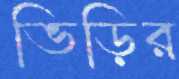
ভিড়ির